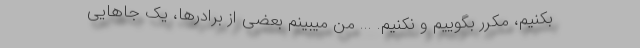
بکنیم، مکرّر بگوییم و نکنیم. ... من میبینم بعضى از برادرها، یک جاهایى